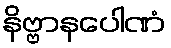
နိဗ္ဗာနပေါဏံ